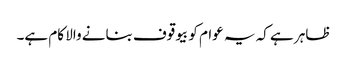
ظاہر ہے کہ یہ عوام کو بیوقوف بنانے والا کام ہے۔